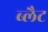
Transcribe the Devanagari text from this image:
ब्लैट